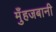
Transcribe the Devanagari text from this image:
मुँहजबानी